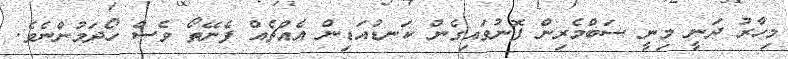
މިހާރު ދަނީ މިނީ ސަބްމެރިން ފޮނުވައިގެން ކަނޑުއަޑިން އެއްޗެއް ފެނޭތޯ ވެސް ހޯދަމުންނެވެ.